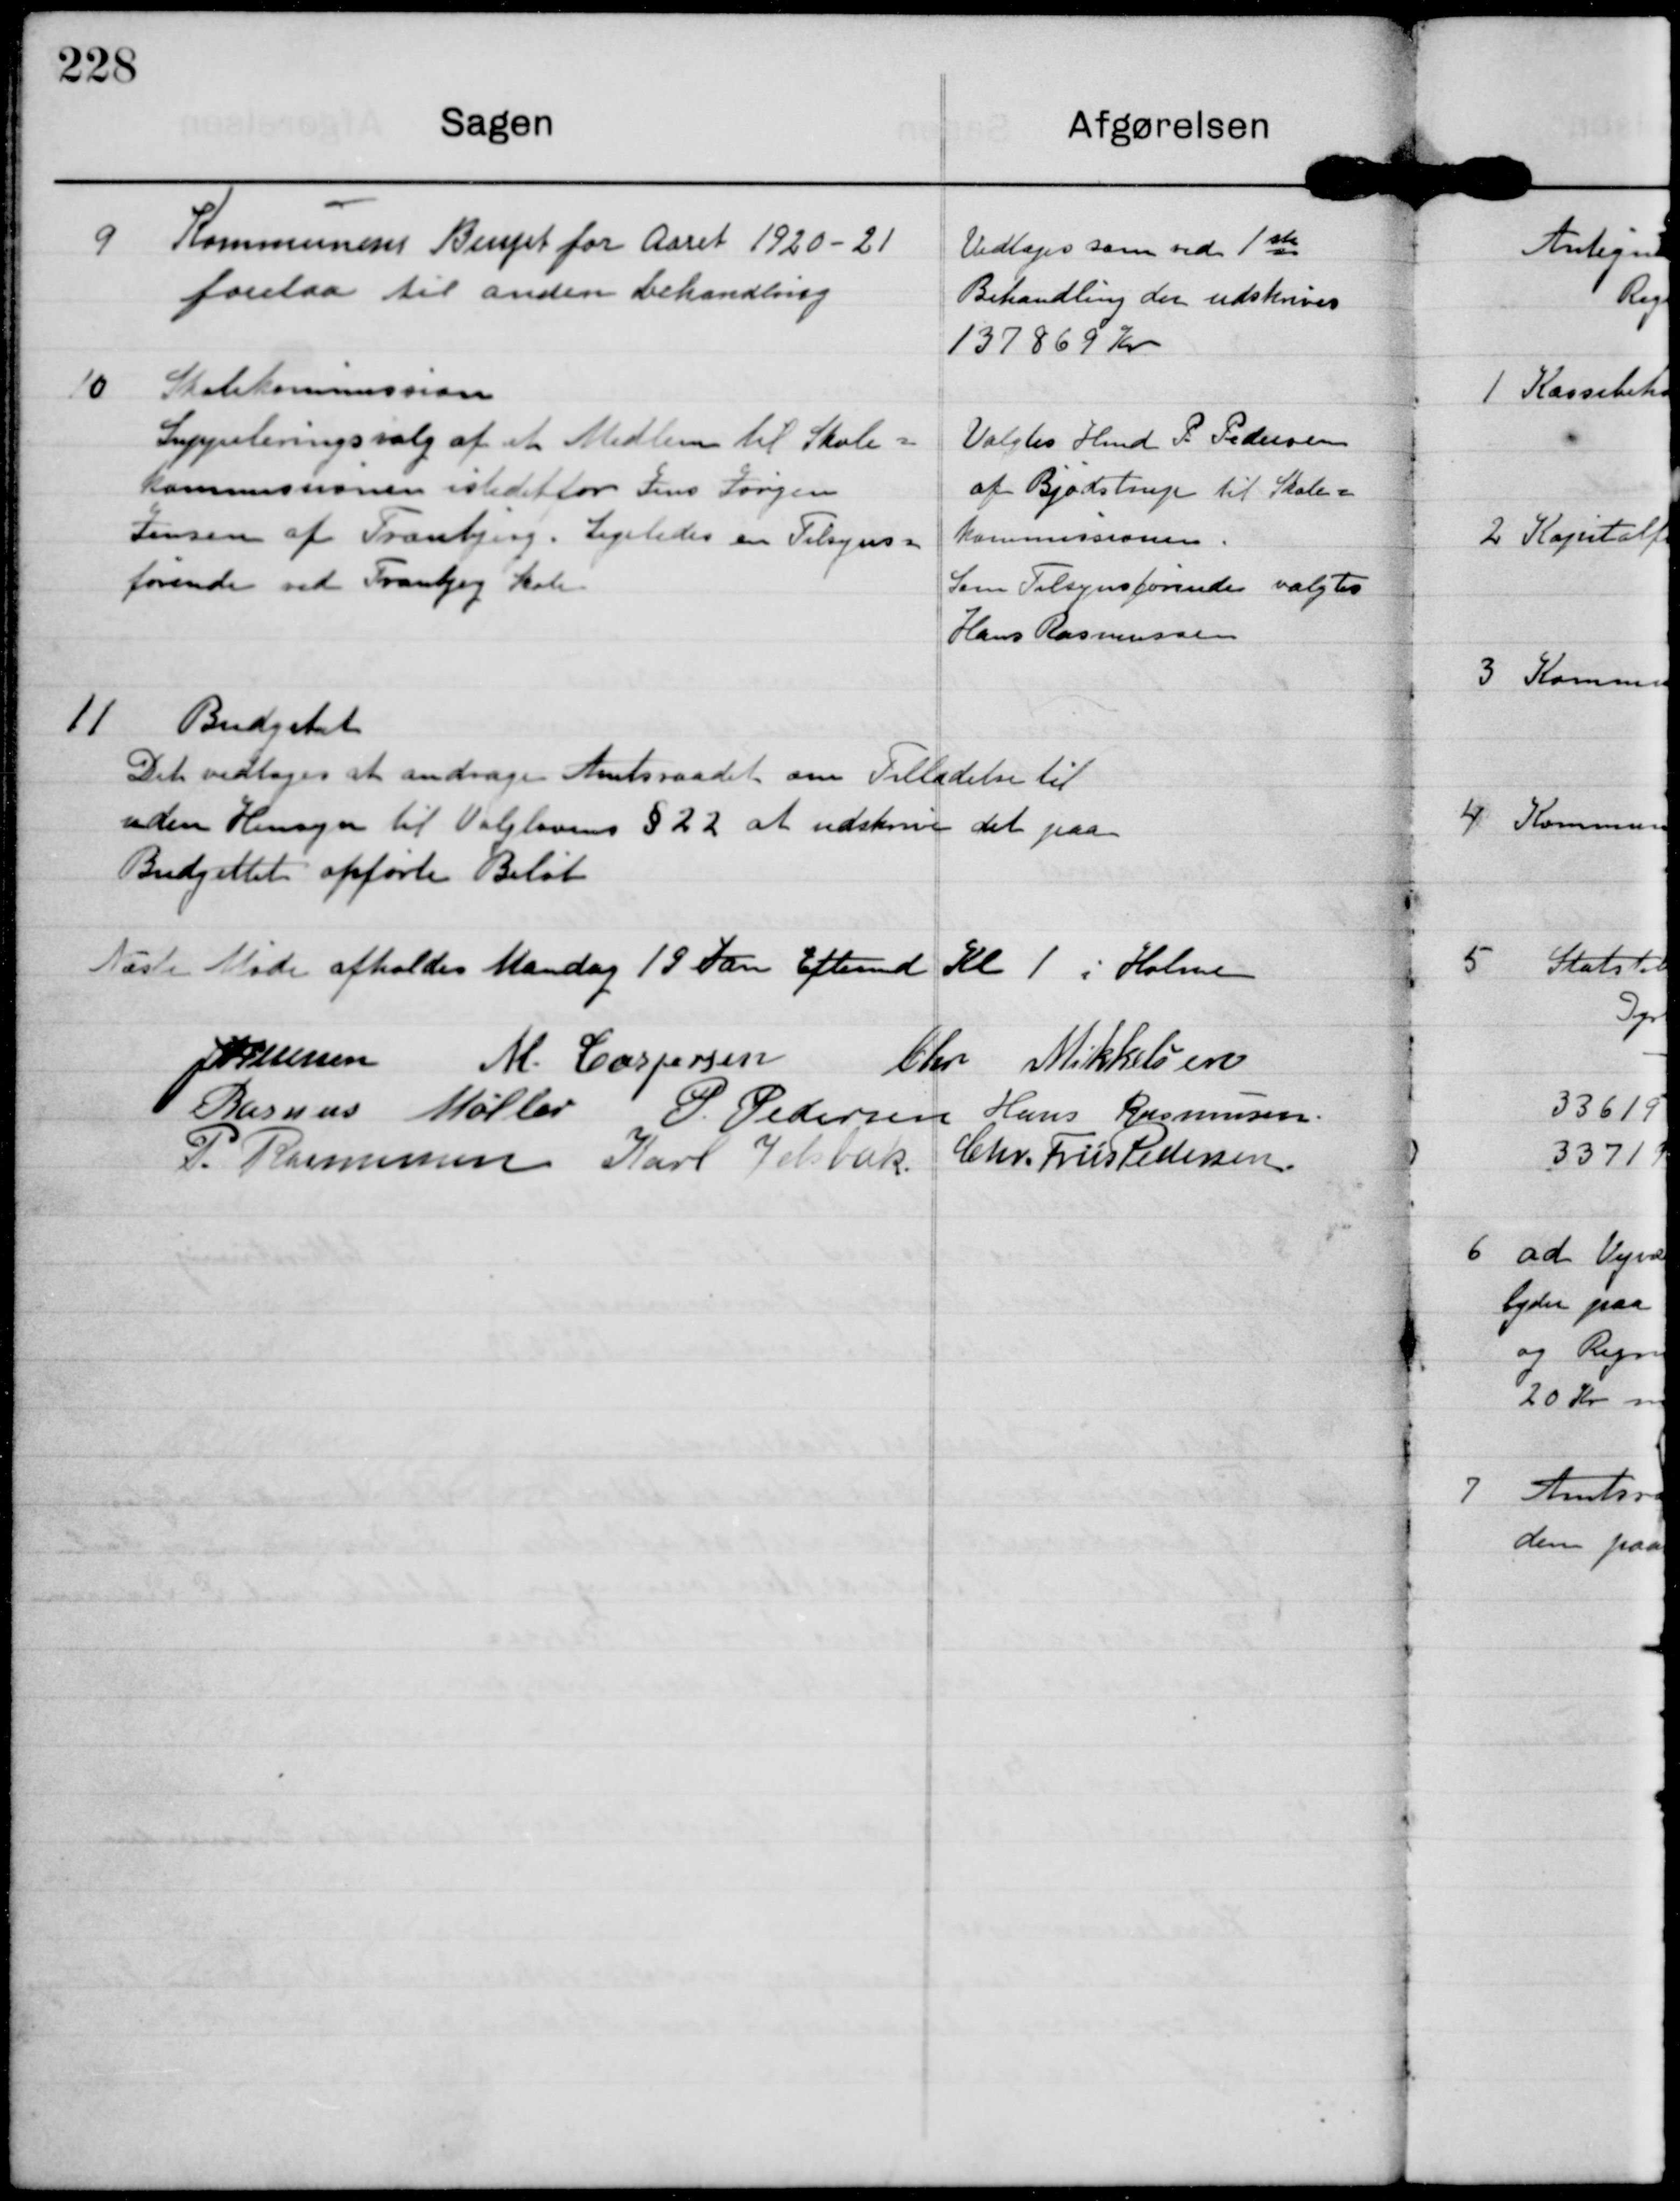
Transskription:
9

Kommunens Budget for Aaret 1920-21
forelaa til anden behandling

Vedtoges som ved 1ste
Behandling der udskrives
137869 Kr

10

Skolekommision
Suppleringsvalg af et Medlem til Skole=
Kommissionen istedet for Jens Jørgen
Jensen af Tranbjerg. Ligeledes en Tilsyns=
førende ved Tranbjerg Skole.

Valgtes Hmd P Pedersen
af Bjødstrup til Skole=
Kommissionen.
Som Tilsynsførende valgtes
Hans Rasmussen

11

Budgetet
Det vedtoges at andrage Amtsraadet om Tilladelse til
uden Hensyn til Valglovens § 22 at udskrive det paa
Budgettet opførte Beløb

Næste Møde afholdes Mandag 19 Jan Eftermd Kl 1 i Holme

J P Pedersen M Caspersen Chr Mikkelsen
Rasmus Møller P. Pedersen Hans Rasmussen
P. Rasmussen Karl Jelsbak Chr. Friis Pedersen